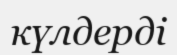
күлдерді